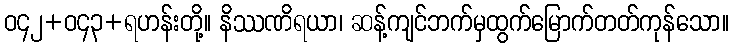
ဝ၄၂+ဝ၄၃+ရဟန်းတို့။ နိဿဏိရယာ၊ ဆန့်ကျင်ဘက်မှထွက်မြောက်တတ်ကုန်သော။